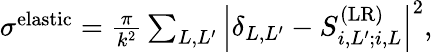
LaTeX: \begin{array}{r}{\sigma^{\mathrm{elastic}}=\frac{\pi}{k^{2}}\sum_{L,L^{\prime}}\left|\delta_{L,L^{\prime}}-S_{i,L^{\prime};i,L}^{(\mathrm{LR})}\right|^{2},}\end{array}